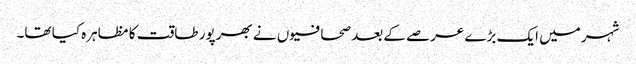
شہر میں ایک بڑے عرصے کے بعد صحافیوں نے بھرپور طاقت کا مظاہرہ کیا تھا۔